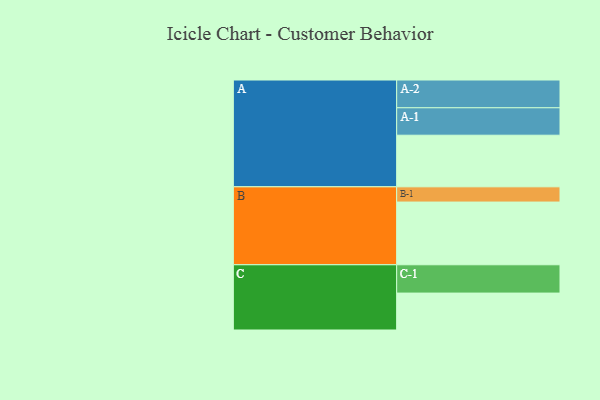
{"axis": {"x": "Segment", "y": "Value"}, "legend": ["", "A", "B", "C"], "data": [{"x": "A", "y": 474, "type": ""}, {"x": "B", "y": 576, "type": ""}, {"x": "C", "y": 339, "type": ""}, {"x": "A-1", "y": 252, "type": "A"}, {"x": "A-2", "y": 255, "type": "A"}, {"x": "B-1", "y": 140, "type": "B"}, {"x": "C-1", "y": 260, "type": "C"}]}